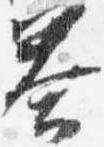
答